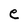
Character: e